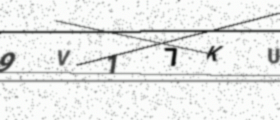
Text: 9V17KU